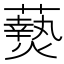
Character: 𬋖